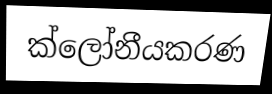
ක්ලෝනීයකරණ